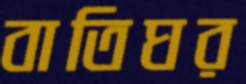
বাতিঘর